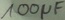
Text: 100µF